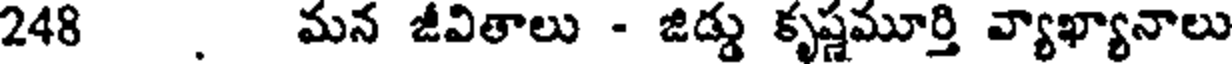
248 . మన జీవితాలు - జిడ్డు కృష్ణమూర్తి వ్యాఖ్యానాలు